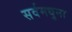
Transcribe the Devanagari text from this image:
सर्वमधुना